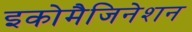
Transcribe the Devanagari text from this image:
इकोमैजिनेशन